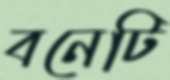
বনেটি